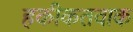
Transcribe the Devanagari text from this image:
हकीकतवाक